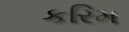
કરિમ